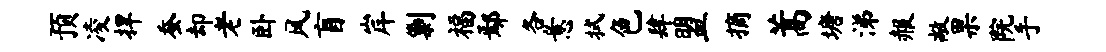
预凌捍蚕却老卧风盲岸剿福鄢各意拭色肆盟摘蒿塘涕赧敞果院手